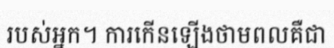
របស់អ្នក។ ការកើនឡើងថាមពលគឺជា